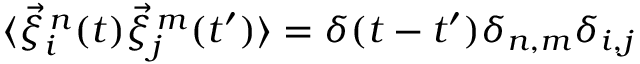
\langle \vec { \xi } _ { i } ^ { \, n } ( t ) \vec { \xi } _ { j } ^ { \, m } ( t ^ { \prime } ) \rangle = \delta ( t - t ^ { \prime } ) \delta _ { n , m } \delta _ { i , j }